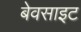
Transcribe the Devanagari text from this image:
बेवसाइट